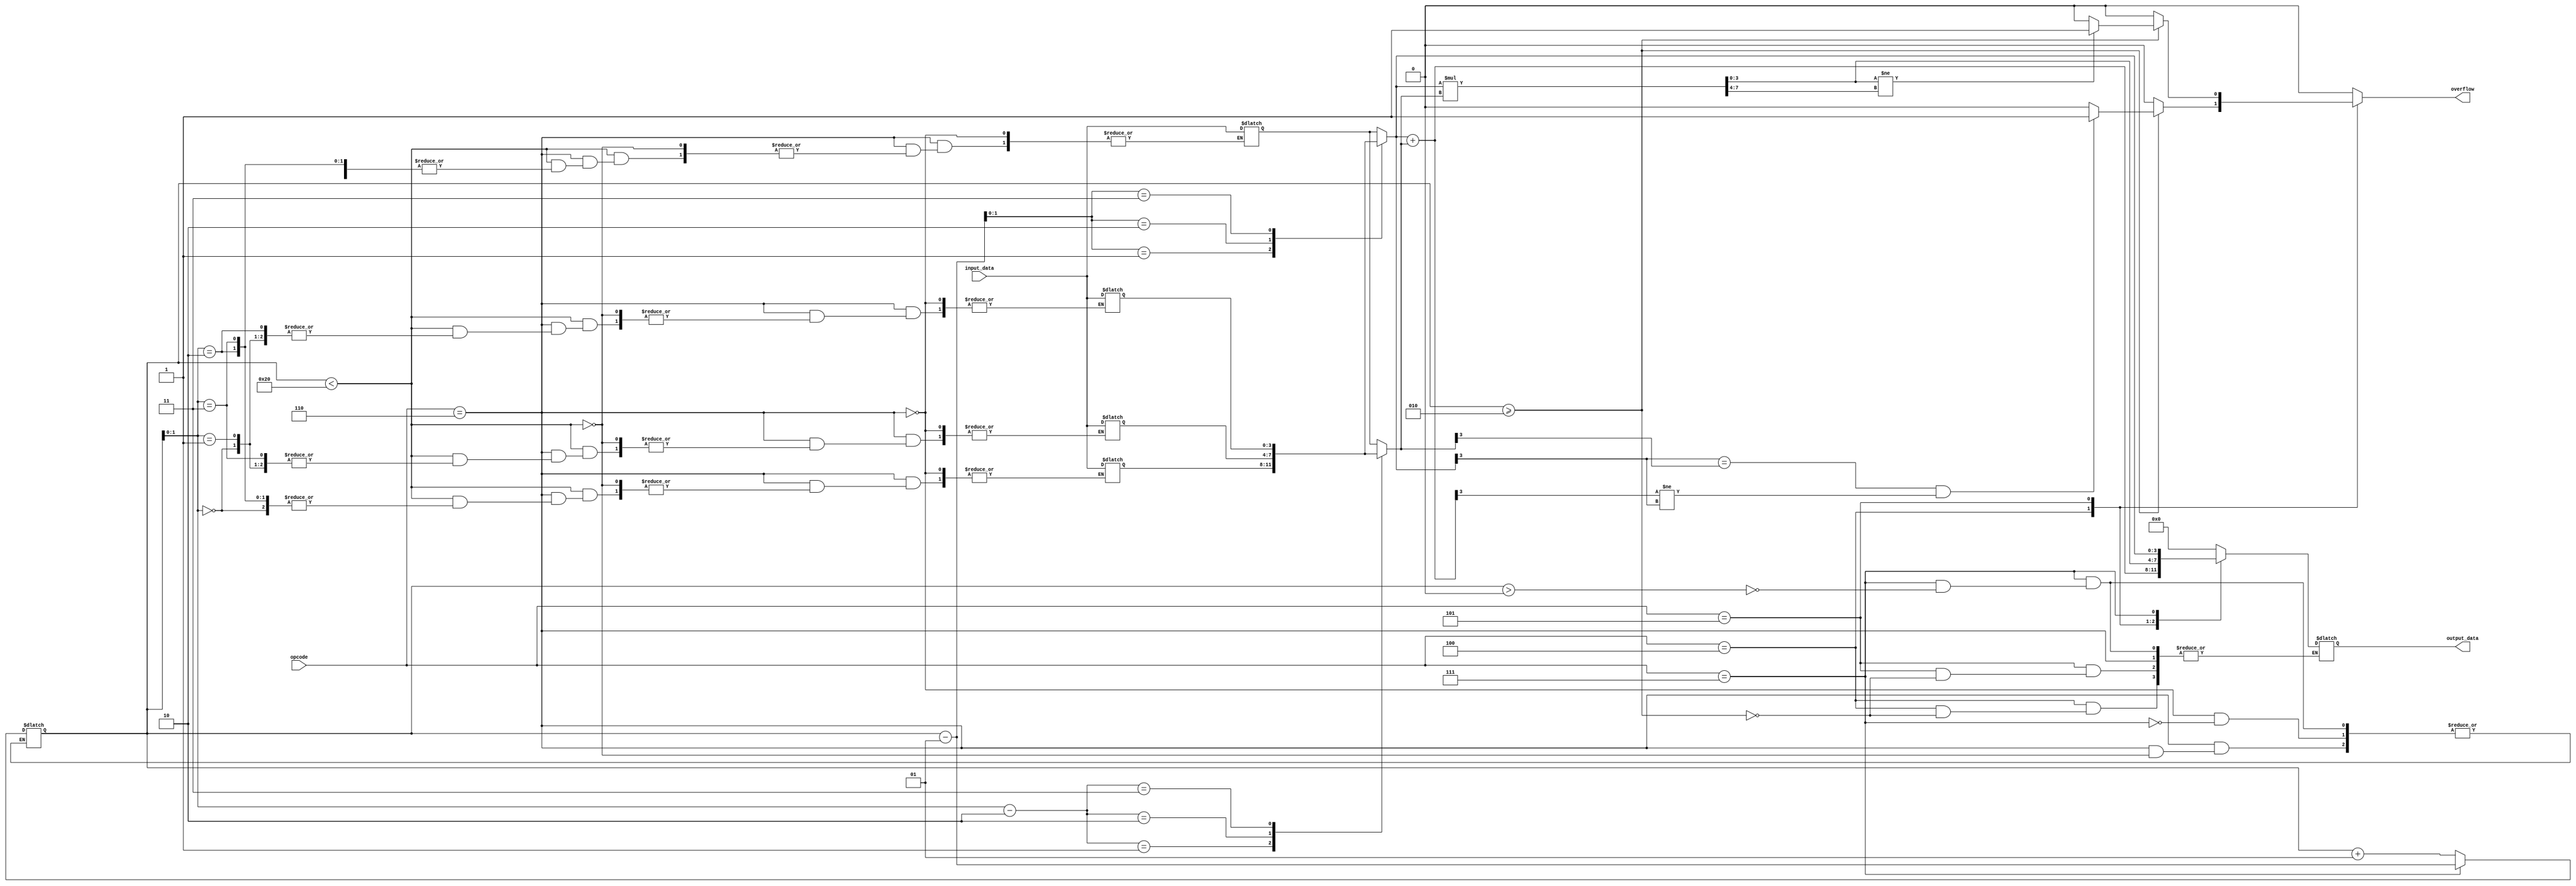
module STACK_BASED_ALU #(
    parameter n = 4  
)(
    input wire [n-1:0] input_data,
    input wire [2:0] opcode,
    output reg [n-1:0] output_data,
    output reg overflow
);

    reg [n-1:0] stack [0:n-1];  
    integer sp = 0;  
    
    reg [n-1:0] op1, op2, result;
    reg [2*n-1:0] result_extended;  

    always @(*) begin
        overflow = 0;
        case (opcode)
            3'b100: begin  
                if (sp >= 2) begin
                    op1 = stack[sp-1];
                    op2 = stack[sp-2];
                    result = op1 + op2;
                    
                    if ((op1[n-1] == op2[n-1]) && (result[n-1] != op1[n-1]))
                        overflow = 1;
                    output_data = result;
                end
            end
            3'b101: begin 
                if (sp >= 2) begin
                    op1 = stack[sp-1];
                    op2 = stack[sp-2];
                    result_extended = op1 * op2;
                    
                    if (result_extended[n-1:0] != result_extended[2*n-1:n])
                        overflow = 1;
                    output_data = result_extended[n-1:0];
                end
            end
            3'b110: begin  
                if (sp < 32) begin
                    stack[sp] = input_data;
                    sp = sp + 1;
                end
            end
            3'b111: begin  
                if (sp > 0) begin
                    sp = sp - 1;
                    output_data = stack[sp];
                end
            end
            default: begin  
                output_data = 0;
            end
        endcase
    end

endmodule